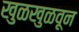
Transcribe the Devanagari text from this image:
खुळखुळवून